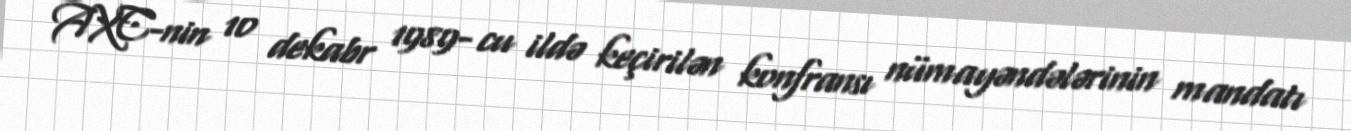
AXC-nin 10 dekabr 1989- cu ildə keçirilən konfransı nümayəndələrinin mandatı